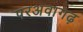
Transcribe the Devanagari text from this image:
परअवागढ़